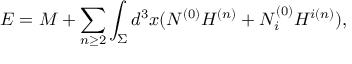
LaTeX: E = M + \sum _ { n \ge 2 } \int _ { \Sigma } d ^ { 3 } x ( N ^ { ( 0 ) } H ^ { ( n ) } + N _ { i } ^ { ( 0 ) } H ^ { i ( n ) } ) ,